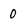
Character: 0